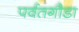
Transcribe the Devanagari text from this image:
पर्वतगौडा